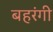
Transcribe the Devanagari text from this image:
बहरंगी